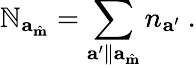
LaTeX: \mathbb{N}_{\mathbf{{a}}_{\hat{{\mathbf{{m}}}}}}=\sum_{\mathbf{{a}}^{\prime}\parallel\mathbf{{a}}_{\hat{{\mathbf{{m}}}}}}n_{\mathbf{{a}}^{\prime}}~.